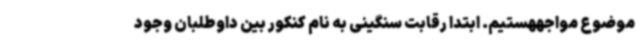
موضوع مواجههستیم. ابتدا رقابت سنگینی به نام کنکور بین داوطلبان وجود